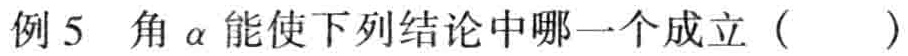
例5 角\(\alpha\)能使下列结论中哪一个成立（  ）